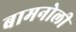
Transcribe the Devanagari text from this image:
बामनोली